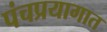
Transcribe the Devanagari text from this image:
पंचप्रयागात